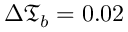
\Delta \mathfrak { T } _ { b } = 0 . 0 2